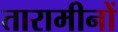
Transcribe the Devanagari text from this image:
तारामीनों